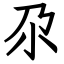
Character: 尕